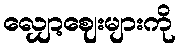
လျှော့ဈေးများကို